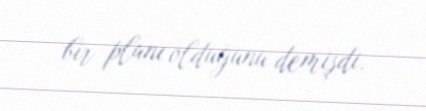
bir planı olduğunu demişdi.